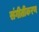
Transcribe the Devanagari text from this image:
संगीतीकरण